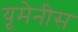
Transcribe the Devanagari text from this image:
यूमेनीस